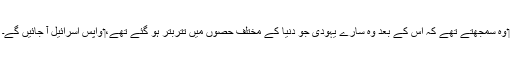
‏ وہ سمجھتے تھے کہ اِس کے بعد وہ سارے یہودی جو دُنیا کے مختلف حصوں میں تتربتر ہو گئے تھے،‏ واپس اِسرائیل آ جائیں گے۔